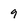
Character: 9